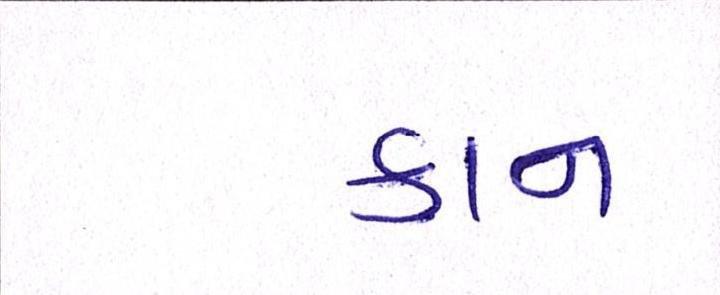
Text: કાન